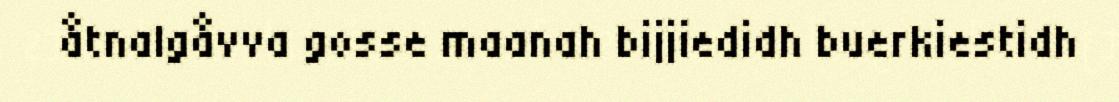
åtnalgåvva gosse maanah bijjiedidh buerkiestidh